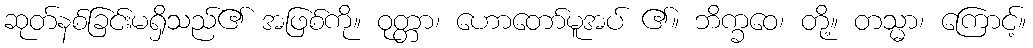
ဆုတ်နစ်ခြင်းမရှိသည်၏ အဖြစ်ကို။ ဝုတ္တာ၊ ဟောတော်မူအပ် ၏။ ဘိက္ခဝေ၊ တို့။ တသ္မာ၊ ကြောင့်။